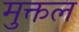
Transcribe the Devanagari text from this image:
मुक्तल